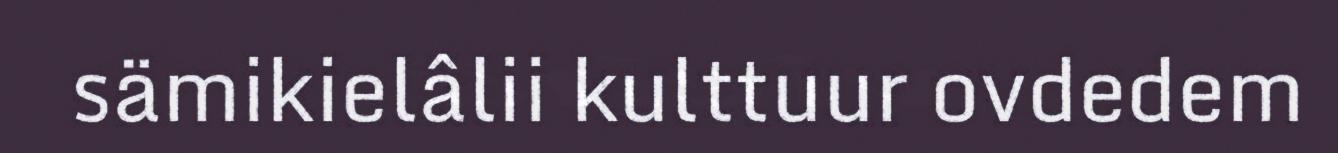
sämikielâlii kulttuur ovdedem